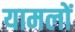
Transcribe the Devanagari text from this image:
यामलों